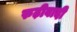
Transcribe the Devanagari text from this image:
रुढ़ीवादी